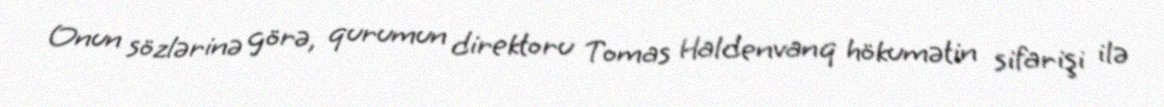
Onun sözlərinə görə, qurumun direktoru Tomas Haldenvanq hökumətin sifarişi ilə